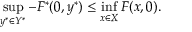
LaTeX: \operatorname* { s u p } _ { y ^ { * } \in Y ^ { * } } - F ^ { * } ( 0 , y ^ { * } ) \leq \operatorname* { i n f } _ { x \in X } F ( x , 0 ) .